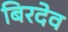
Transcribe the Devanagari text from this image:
बिरदेव